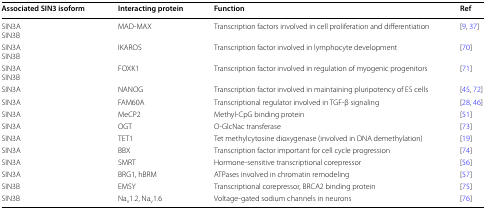
<table><thead><tr><td><b>Associated SIN3 isoform</b></td><td><b>Interacting protein</b></td><td><b>Function</b></td><td><b>Ref</b></td></tr></thead><tbody><tr><td>SIN3ASIN3B</td><td>MAD-MAX</td><td>Transcription factors involved in cell proliferation and differentiation</td><td>[9, 37]</td></tr><tr><td>SIN3ASIN3B</td><td>IKAROS</td><td>Transcription factor involved in lymphocyte development</td><td>[70]</td></tr><tr><td>SIN3ASIN3B</td><td>FOXK1</td><td>Transcription factor involved in regulation of myogenic progenitors</td><td>[71]</td></tr><tr><td>SIN3A</td><td>NANOG</td><td>Transcription factor involved in maintaining pluripotency of ES cells</td><td>[45, 72]</td></tr><tr><td>SIN3A</td><td>FAM60A</td><td>Transcriptional regulator involved in TGF-β signaling</td><td>[28, 46]</td></tr><tr><td>SIN3A</td><td>MeCP2</td><td>Methyl-CpG binding protein</td><td>[51]</td></tr><tr><td>SIN3A</td><td>OGT</td><td>O-GlcNac transferase</td><td>[73]</td></tr><tr><td>SIN3A</td><td>TET1</td><td>Tet methylcytosine dioxygenase (involved in DNA demethylation)</td><td>[19]</td></tr><tr><td>SIN3A</td><td>BBX</td><td>Transcription factor important for cell cycle progression</td><td>[74]</td></tr><tr><td>SIN3A</td><td>SMRT</td><td>Hormone-sensitive transcriptional corepressor</td><td>[56]</td></tr><tr><td>SIN3A</td><td>BRG1, hBRM</td><td>ATPases involved in chromatin remodeling</td><td>[57]</td></tr><tr><td>SIN3B</td><td>EMSY</td><td>Transcriptional corepressor, BRCA2 binding protein</td><td>[75]</td></tr><tr><td>SIN3B</td><td>Na<sub>v</sub>1.2, Na<sub>v</sub>1.6</td><td>Voltage-gated sodium channels in neurons</td><td>[76]</td></tr></tbody></table>